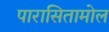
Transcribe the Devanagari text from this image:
पारासितामोल